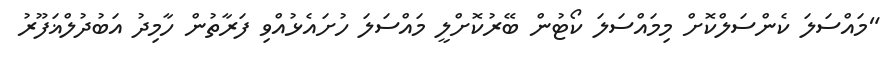
"މައްސަލަ ކެންސަލްކޮށް މިމައްސަލަ ކޯޓުން ބޭރުކޮށްލީ މައްސަލަ ހުށައެޅުއްވި ފަރާތުން ހާމިދު އަބުދުލްޣަފޫރު